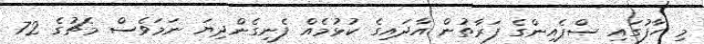
މި ހާފުގައި ސްޕެއިންގެ ފަރާތުން އާދައިގެ ކުޅުމެއް ފެނިގެންދިޔަ ނަމަވެސް މެޗުގެ 72